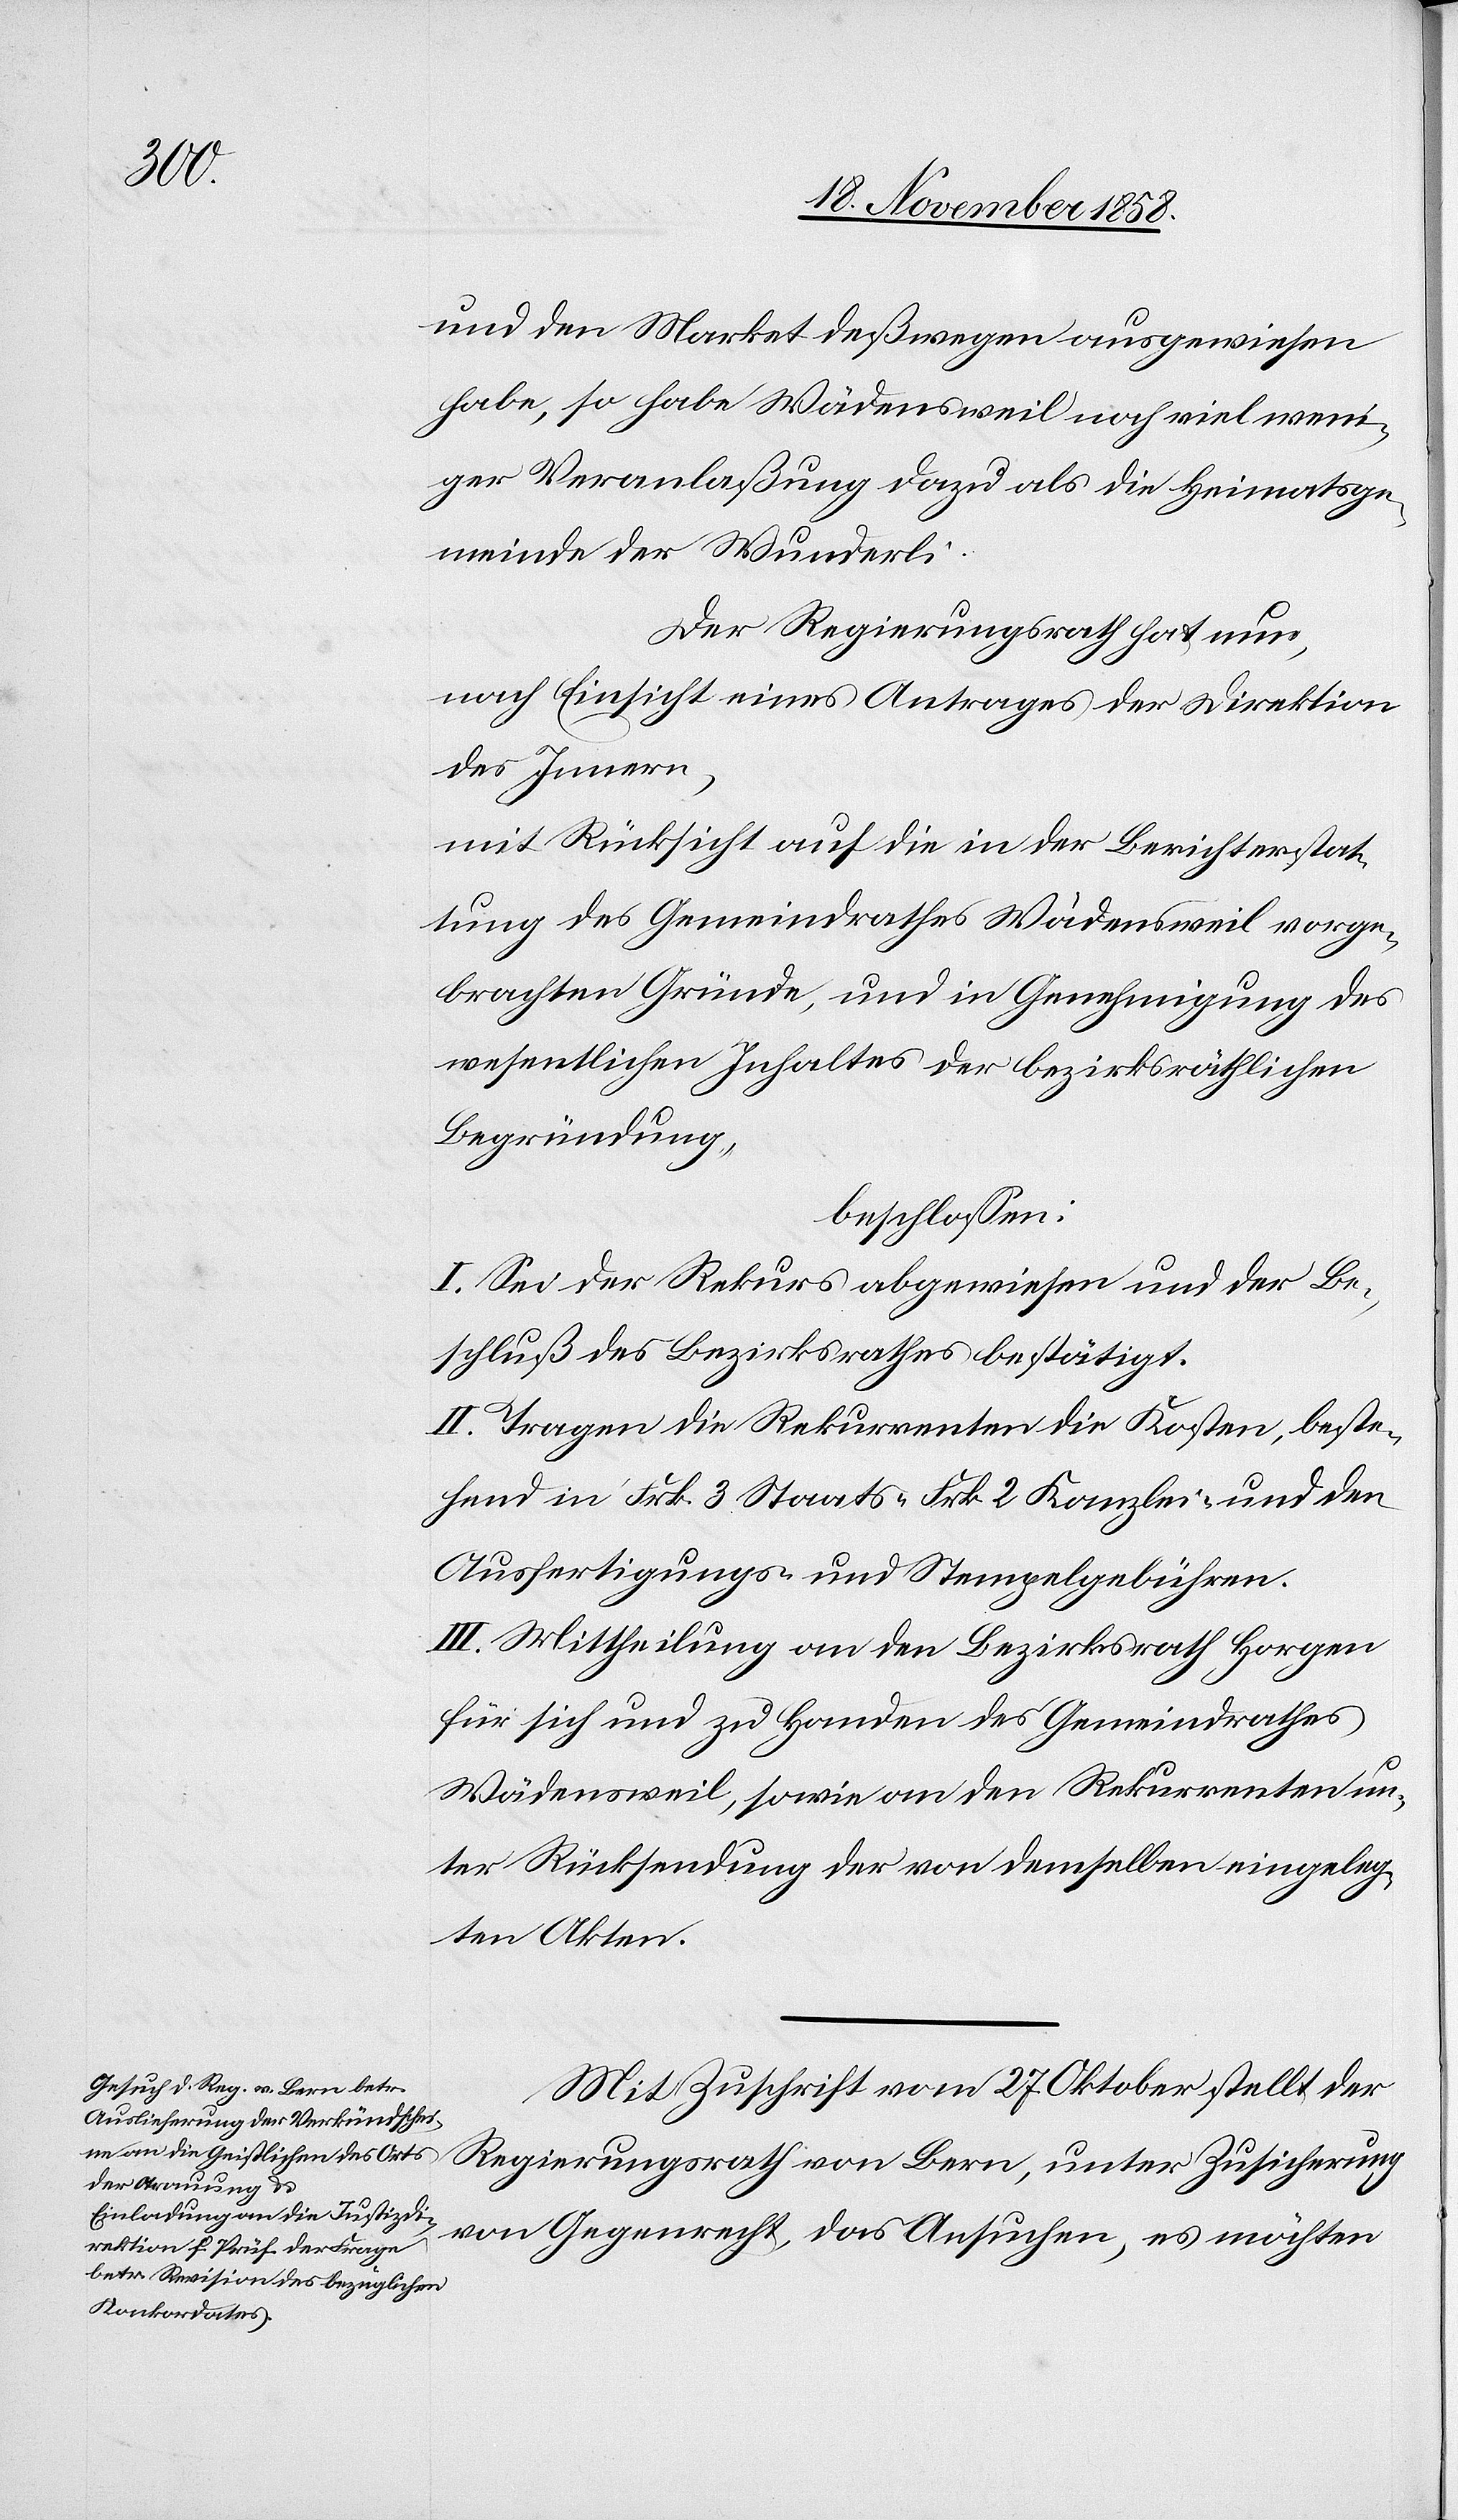
und den Market deßwegen ausgewiesen
habe, so habe Wädensweil noch viel weni¬
ger Veranlaßung dazu als die Heimatsge¬
meinde der Wunderli.
Der Regierungsrath hat nun,
nach Einsicht eines Antrages der Direktion
des Innern,
mit Rücksicht auf die in der Berichterstat¬
tung des Gemeindrathes Wädensweil vorge¬
brachten Gründe, und in Genehmigung des
wesentlichen Inhaltes der bezirksräthlichen
Begründung,
beschlossen:
I. Sei der Rekurs abgewiesen und der Be¬
schluß des Bezirksrathes bestätigt.
II. Tragen die Rekurrenten die Kosten, beste¬
hend in Frk. 3 Staats-[,] Frk. 2 Kanzlei- und den
Ausfertigungs- und Stempelgebühren.
III. Mittheilung an den Bezirksrath Horgen
für sich und zu Handen des Gemeindrathes
Wädensweil, sowie an den Rekurrenten un¬
ter Rücksendung der von demselben eingeleg¬
ten Akten.
Mit Zuschrift vom 27. Oktober stellt der
Regierungsrath von Bern, unter Zusicherung
von Gegenrecht, das Ansuchen, es möchten